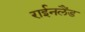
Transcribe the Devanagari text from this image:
राईनलैंड